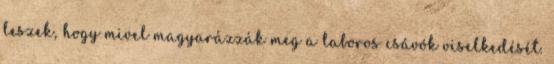
leszek, hogy mivel magyarázzák meg a laboros csávók viselkedését.